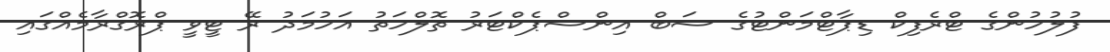
ފުލުހުންގެ ޓްރެފިކް ޑިޕާޓްމަންޓުގެ ސަބް އިންސްޕެކްޓަރު ތޮލްހަތު އަހުމަދު ރޭ ޓީވީ ޕްރޮގްރާމެއްގައި